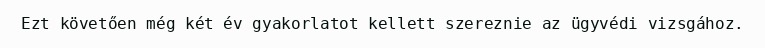
Ezt követően még két év gyakorlatot kellett szereznie az ügyvédi vizsgához.